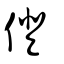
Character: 僜